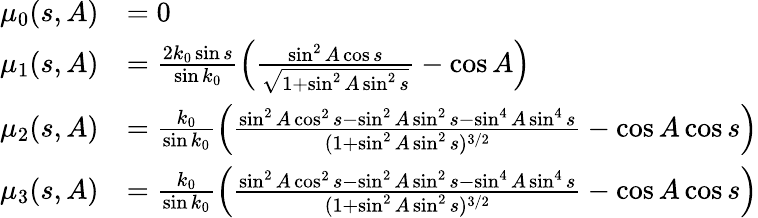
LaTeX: \begin{array}{rl}{\mu_{0}(s,A)}&{=0}\\ {\mu_{1}(s,A)}&{=\frac{2k_{0}\sin s}{\sin k_{0}}\Big(\frac{\sin^{2}A\cos s}{\sqrt{1+\sin^{2}A\sin^{2}s}}-\cos A\Big)}\\ {\mu_{2}(s,A)}&{=\frac{k_{0}}{\sin k_{0}}\Big(\frac{\sin^{2}A\cos^{2}s-\sin^{2}A\sin^{2}s-\sin^{4}A\sin^{4}s}{(1+\sin^{2}A\sin^{2}s)^{3/2}}-\cos A\cos s\Big)}\\ {\mu_{3}(s,A)}&{=\frac{k_{0}}{\sin k_{0}}\Big(\frac{\sin^{2}A\cos^{2}s-\sin^{2}A\sin^{2}s-\sin^{4}A\sin^{4}s}{(1+\sin^{2}A\sin^{2}s)^{3/2}}-\cos A\cos s\Big)}\end{array}